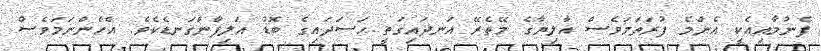
ފެނުމާއިއެކީ އެންމެ ފުރަތަމަވެސް އާލިޔާގެ މޭތެރޭ އަނދައިގަތީ ޙަސަދައިގެ ބޮޑު އަލިފާންގަނޑެކެވެ. އެހެންނަމަވެސް